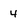
Character: 4